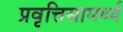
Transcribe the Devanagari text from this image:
प्रवृत्तिसामर्थ्य